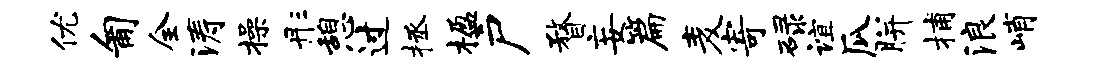
优匍全涛操彤憩过拯楹户瞀妄篇麦寄碌谊瓜胼捕浪峭